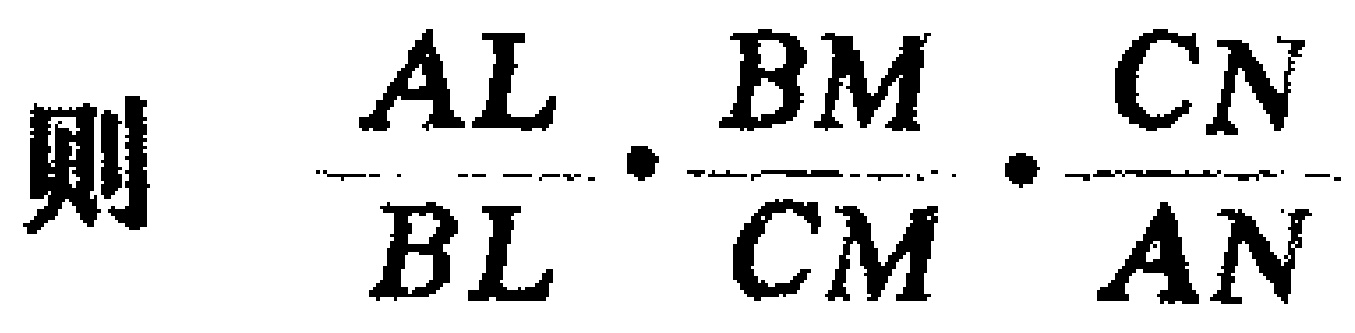
则 \(\frac{AL}{BL}\cdot\frac{BM}{CM}\cdot\frac{CN}{AN}\)